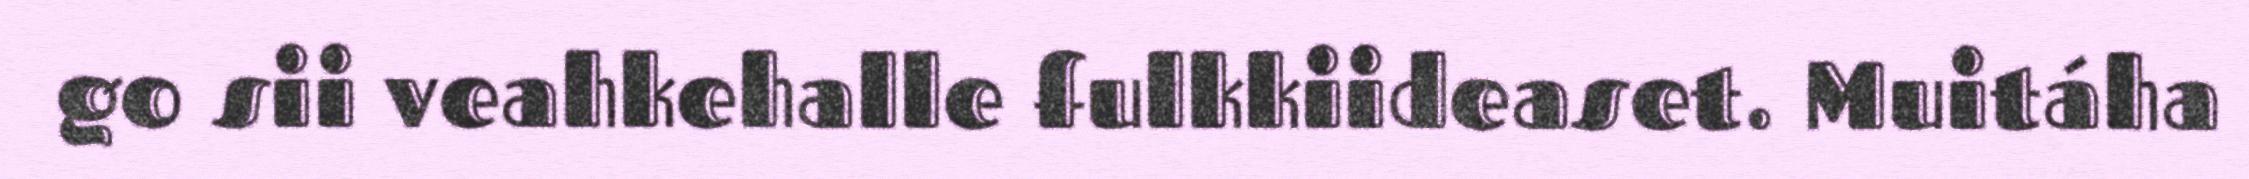
go sii veahkehalle fulkkiideaset. Muitáha